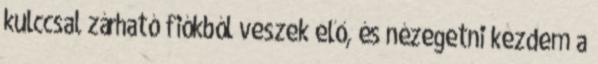
kulccsal zárható fiókból veszek elő, és nézegetni kezdem a